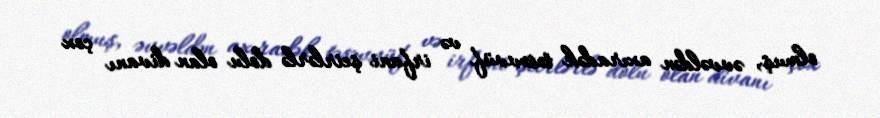
olmuş, əvvəldən axıradək təsəvvüf və irfani şeirlərlə dolu olan divanı çox